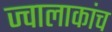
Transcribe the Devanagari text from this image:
ज्वालाकांच